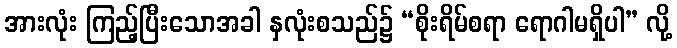
အားလုံး ကြည့်ပြီးသောအခါ နှလုံးစသည်၌ “စိုးရိမ်စရာ ရောဂါမရှိပါ” လို့